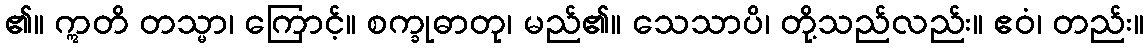
၏။ ဣတိ တသ္မာ၊ ကြောင့်။ စက္ခုဓာတု၊ မည်၏။ သေသာပိ၊ တို့သည်လည်း။ ဧဝံ၊ တည်း။